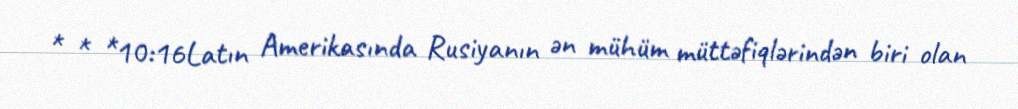
* * *10:16Latın Amerikasında Rusiyanın ən mühüm müttəfiqlərindən biri olan